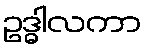
ဥဒ္ဓါလကာ